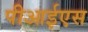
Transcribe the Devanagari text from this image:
पीआईएस